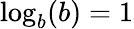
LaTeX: \log_{b}(b)=1